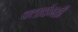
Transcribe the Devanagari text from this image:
क्लार्दनही